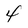
Character: 4